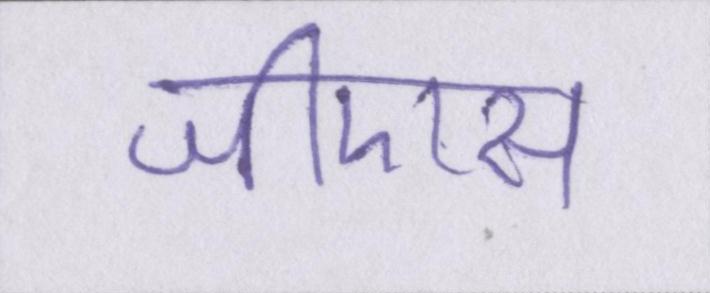
जीएस